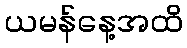
ယမန်နေ့အထိ